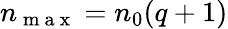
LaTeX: n_{\mathrm{~m~a~x~}}=n_{0}(q+1)